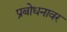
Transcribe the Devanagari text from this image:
प्रबोधनावर